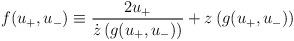
LaTeX: \begin{align*}f(u_+,u_-)\equiv\frac{2u_{+}}{\dot{z}\left( g(u_+,u_-)\right) }+z\left( g(u_+,u_-)\right)\end{align*}